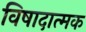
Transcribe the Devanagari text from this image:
विषादात्मक